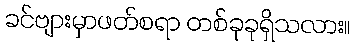
ခင်ဗျားမှာဖတ်စရာ တစ်ခုခုရှိသလား။